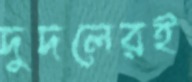
দুদলেরই